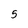
Character: 5